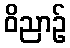
ဝိညာဉ်